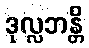
ဒုလ္လဘန္တိ